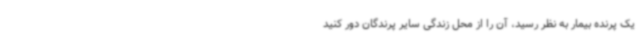
یک پرنده بیمار به نظر رسید، آن را از محل زندگی سایر پرندگان دور کنید